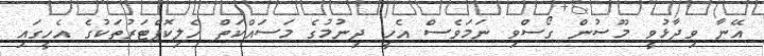
އޭނާ ވިދާޅުވީ މޫސުން ގޯސްވި ނަމަވެސް އެހީ ދިނުމުގެ މަސައްކަތް ހެލިކޮޕްޓަރުތަކުގެ އެހީގައި